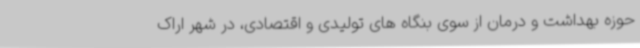
حوزه بهداشت و درمان از سوی بنگاه های تولیدی و اقتصادی، در شهر اراک